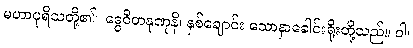
မဟာပုရိသတို့၏။ ဒွေဝိတနုဏုနိ၊ နှစ်ချောင်း သောနှာခေါင်းရိုးတို့သည်။ ဝါ၊